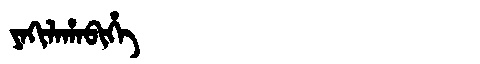
Manchu: ᠶᠠᡴᡳᠯᠠᡥᠠᠪᡳᡥᡝ
Romanization: YAKILAHABIHE